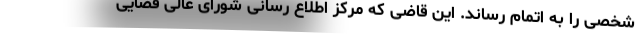
شخصی را به اتمام رساند. این قاضی که مرکز اطلاع رسانی شورای عالی قضایی